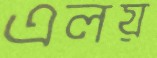
এলয়